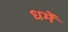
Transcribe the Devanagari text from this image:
धर्मे